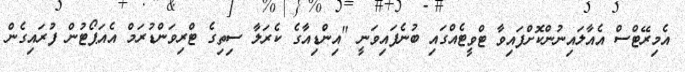
އެމިރޭޓްސް އެއާލައިނުންކޮށްފައިވާ ޓްވީޓެއްގައި ބުނެފައިވަނީ "އިންޑިއާގެ ކެރަލާ ސިތިގެ ޓްރިވަންޑުރަމް އެއަޕޯޓުން ފުރައިގެން